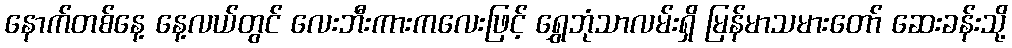
နောက်တစ်နေ့ နေ့လယ်တွင် လေးဘီးကားကလေးဖြင့် ရွှေဘုံသာလမ်းရှိ မြန်မာသမားတော် ဆေးခန်းသို့